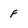
Character: f